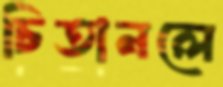
চিতানলে